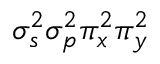
\sigma _ { s } ^ { 2 } \sigma _ { p } ^ { 2 } \pi _ { x } ^ { 2 } \pi _ { y } ^ { 2 }